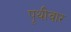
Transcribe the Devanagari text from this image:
पृथीवार